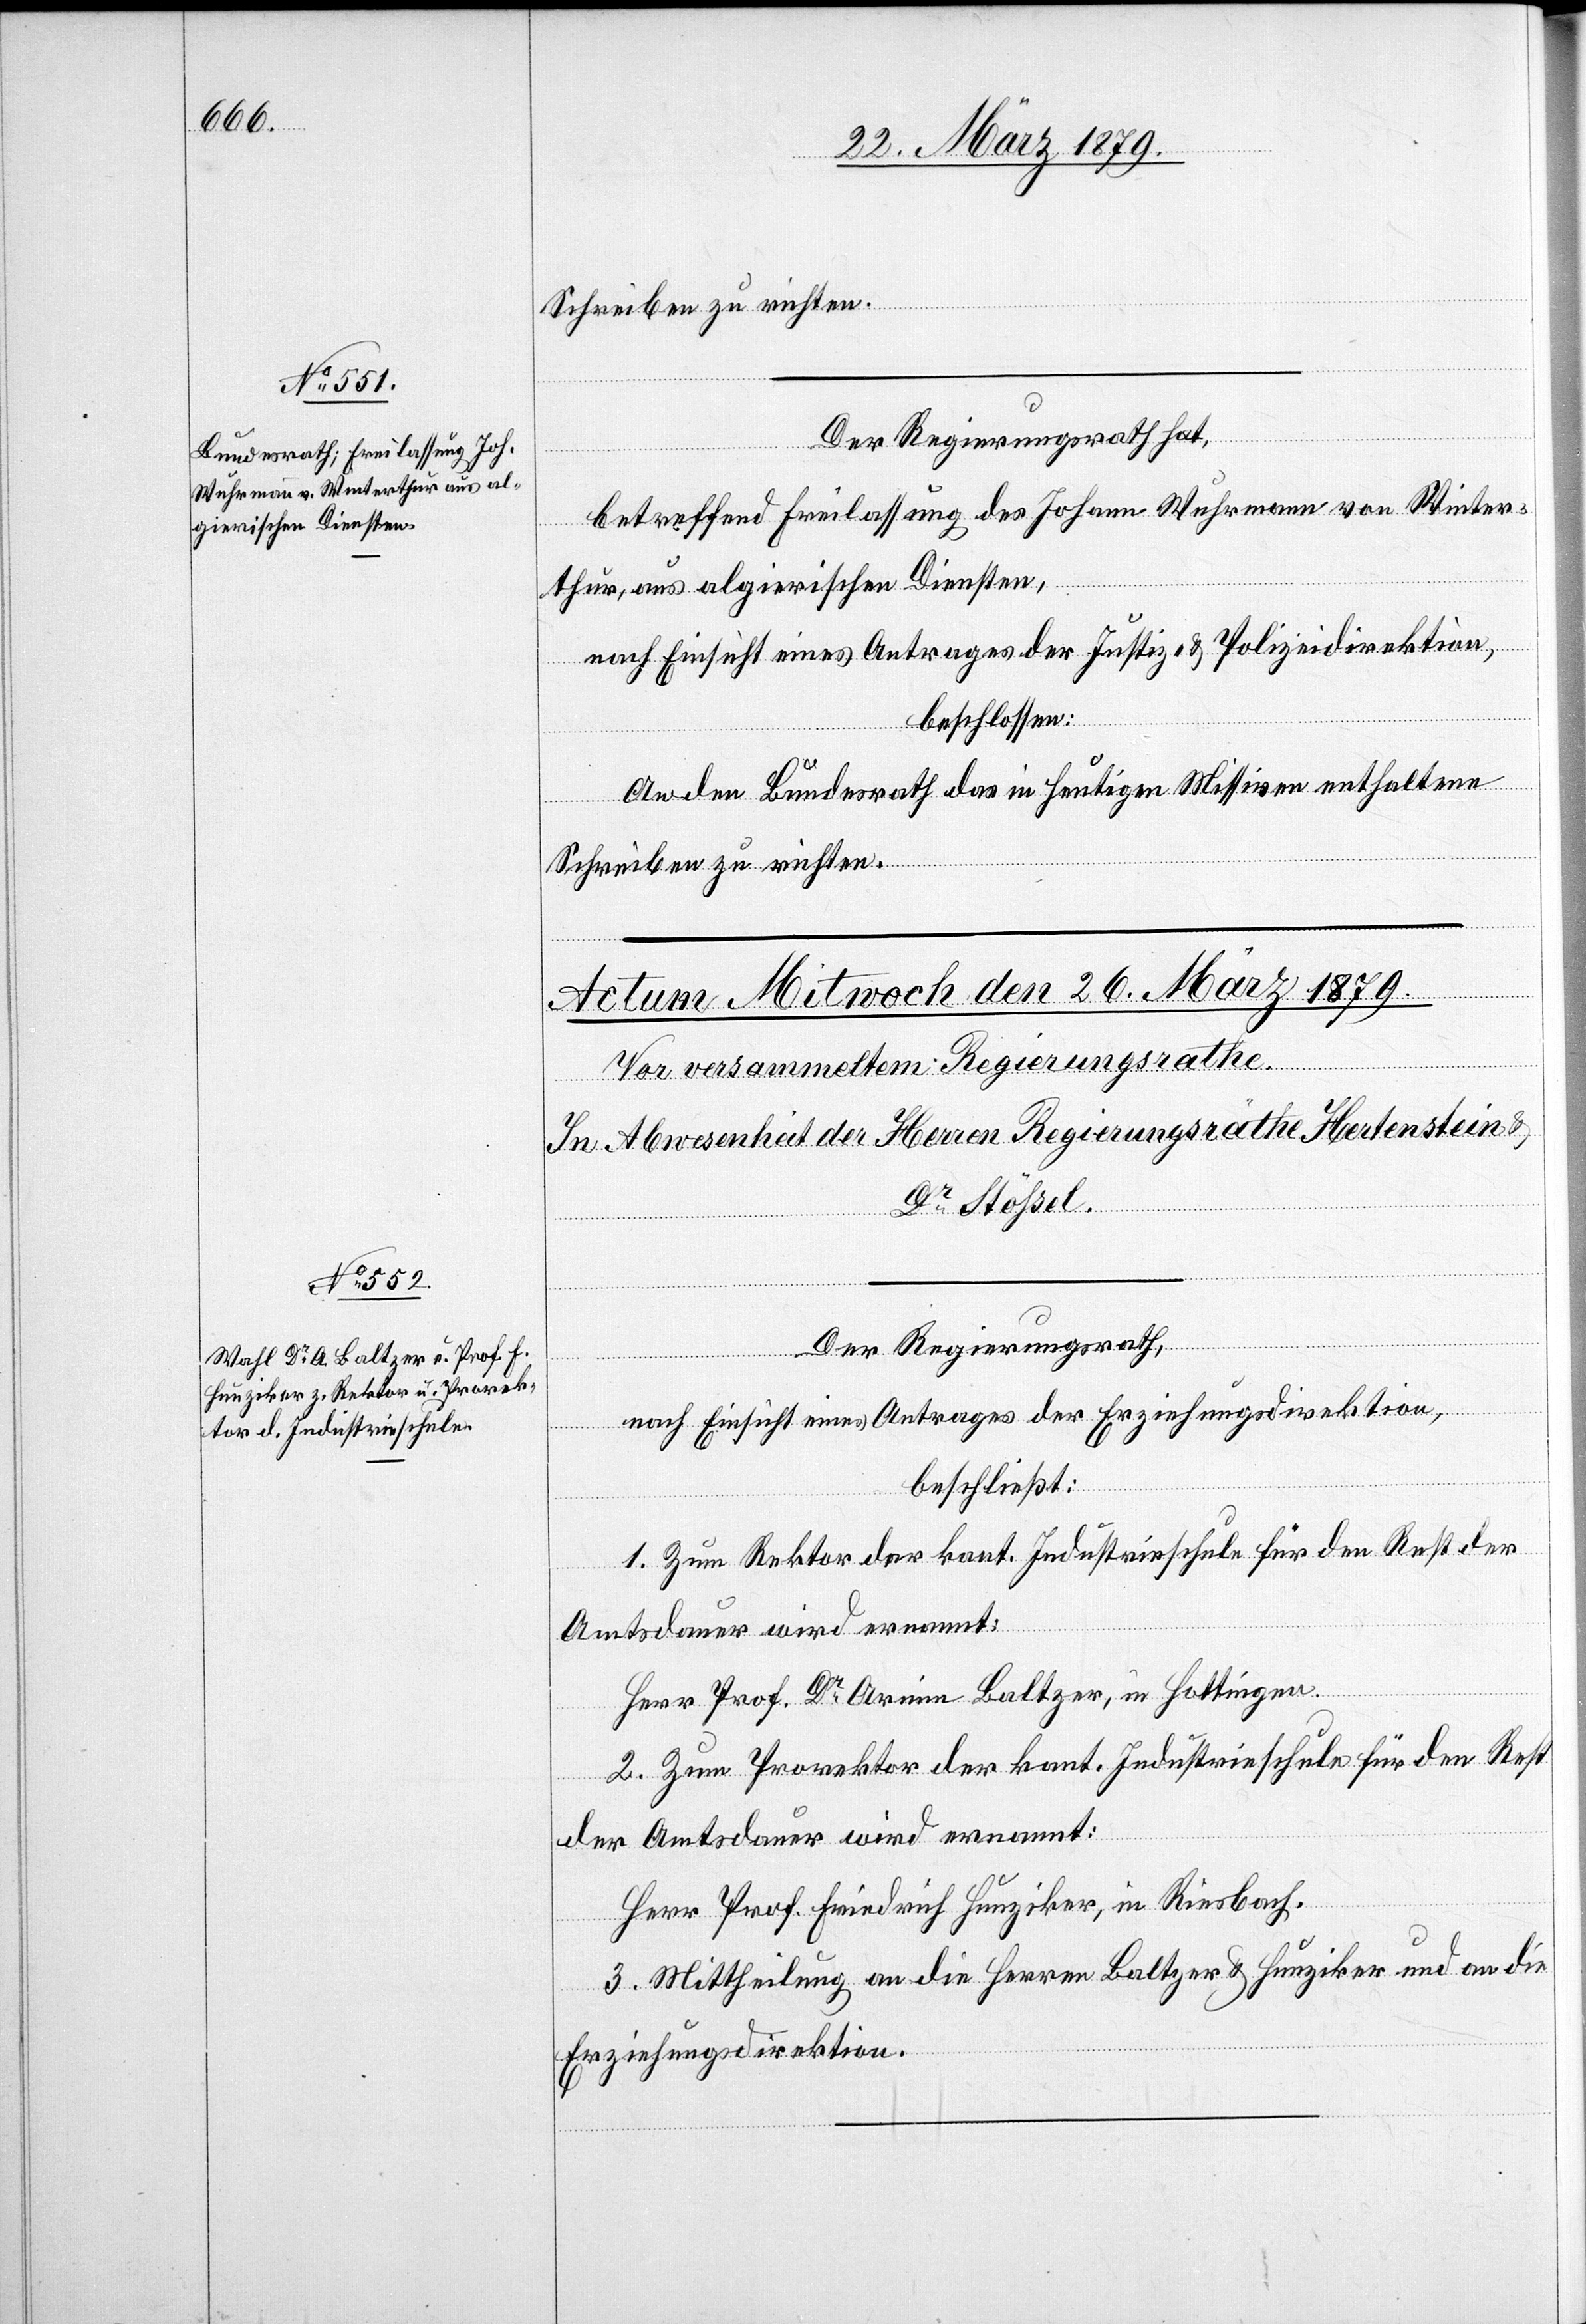
25. März 1879.]
Der Regierungsrath hat,
betreffend Freilassung des Johann Wuhrmann von Winter¬
thur, aus algierischen Diensten,
nach Einsicht eines Antrages der Justiz- & Polizeidirektion,
beschlossen:
An den Bundesrath das in heutigen Missiven enthaltene
Schreiben zu richten.
Der Regierungsrath,
nach Einsicht eines Antrages der Erziehungsdirektion,
fügungen.
beschließt:
1. Zum Rektor der kant. Industrieschule für den Rest der
Amtsdauer wird ernannt:
Herr Prof. Dr Armin Baltzer, in Hottingen.
2. Zum Prorektor der kant. Industrieschule für den Rest
der Amtsdauer wird ernannt:
Herr Prof. Friedrich Hunziker, in Riesbach.
3. Mittheilung an die Herren Baltzer & Hunziker und an die
Erziehungsdirektion.